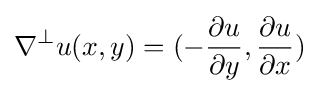
\nabla ^{\perp }u(x,y)=(-{\frac {\partial u}{\partial y}},{\frac {\partial u}{\partial x}})